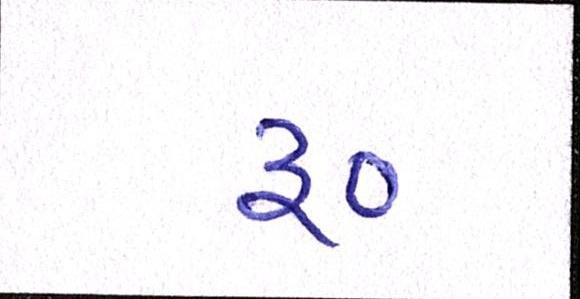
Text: ૱